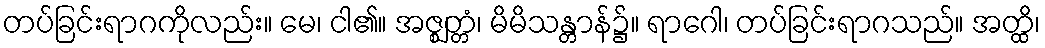
တပ်ခြင်းရာဂကိုလည်း။ မေ၊ ငါ၏။ အဇ္ဈတ္တံ၊ မိမိသန္တာန်၌။ ရာဂေါ၊ တပ်ခြင်းရာဂသည်။ အတ္ထိ၊